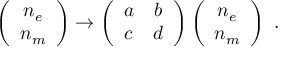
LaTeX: \left( \begin{array} { c } { { n _ { e } } } \\ { { n _ { m } } } \end{array} \right) \to \left( \begin{array} { c c } { { a } } & { { b } } \\ { { c } } & { { d } } \end{array} \right) \left( \begin{array} { c } { { n _ { e } } } \\ { { n _ { m } } } \end{array} \right) \ .